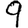
Digit: 9